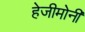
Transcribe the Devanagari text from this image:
हेजीमोनी